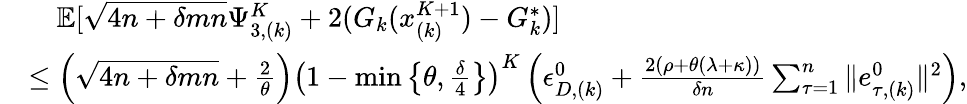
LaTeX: \begin{array}{rl}&{\quad\mathbb{E}[\sqrt{4n+\delta mn}\Psi_{3,(k)}^{K}+2(G_{k}(x_{(k)}^{K+1})-G_{k}^{*})]}\\ &{\leq\left(\sqrt{4n+\delta mn}+\frac{2}{\theta}\right)\left(1-\operatorname*{min}\left\{ \theta,\frac{\delta}{4}\right\} \right)^{K}\left(\epsilon_{D,(k)}^{0}+\frac{2(\rho+\theta(\lambda+\kappa))}{\delta n}\sum_{\tau=1}^{n}\| e_{\tau,(k)}^{0}\| ^{2}\right),}\end{array}